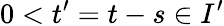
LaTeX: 0<t^{\prime}=t-s\in I^{\prime}